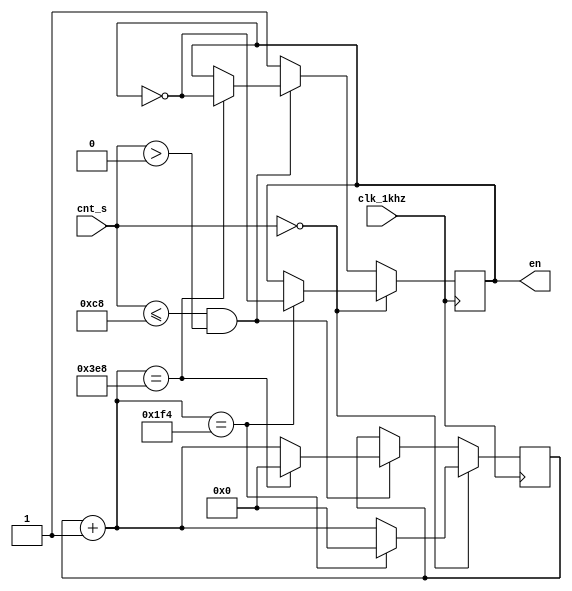
`timescale 1ns / 1ps
//////////////////////////////////////////////////////////////////////////////////
// Company: 
// Engineer: 
// 
// Design Name: 
// Module Name: sparkling
// Project Name: 
// Target Devices: 
// Tool Versions: 
// Description: 
// 
// Dependencies: 
// 
// Revision:
// Revision 0.01 - File Created
// Additional Comments:
// 
//////////////////////////////////////////////////////////////////////////////////


module sparkling(input [31:0] cnt_s, input clk_1khz, output en );
    reg en1;
    reg [10:0] cnt;
    assign en = en1;
    initial 
    begin
    en1 = 1;
    cnt = 0;
    end
    
    always @(posedge clk_1khz)
    if (cnt_s == 0)
        begin
        cnt = cnt + 1;
        if (cnt == 500)
            begin
            en1 = ~en1;
            cnt = 0;
            end
        end
    else if (cnt_s <= 200 && cnt_s > 0)  
        begin
        cnt = cnt + 1;
        if (cnt == 1000)
            begin
            en1 = ~en1;
            cnt = 0;
            end
        end
    else 
        en1 = 1;
endmodule